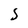
Character: S